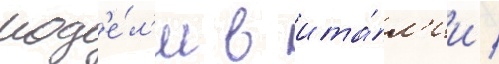
мод'е́л'и в ита́л'ии /